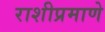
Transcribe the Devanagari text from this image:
राशीप्रमाणे